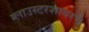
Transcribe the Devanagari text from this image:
ग्लाउस्टरशायरचे